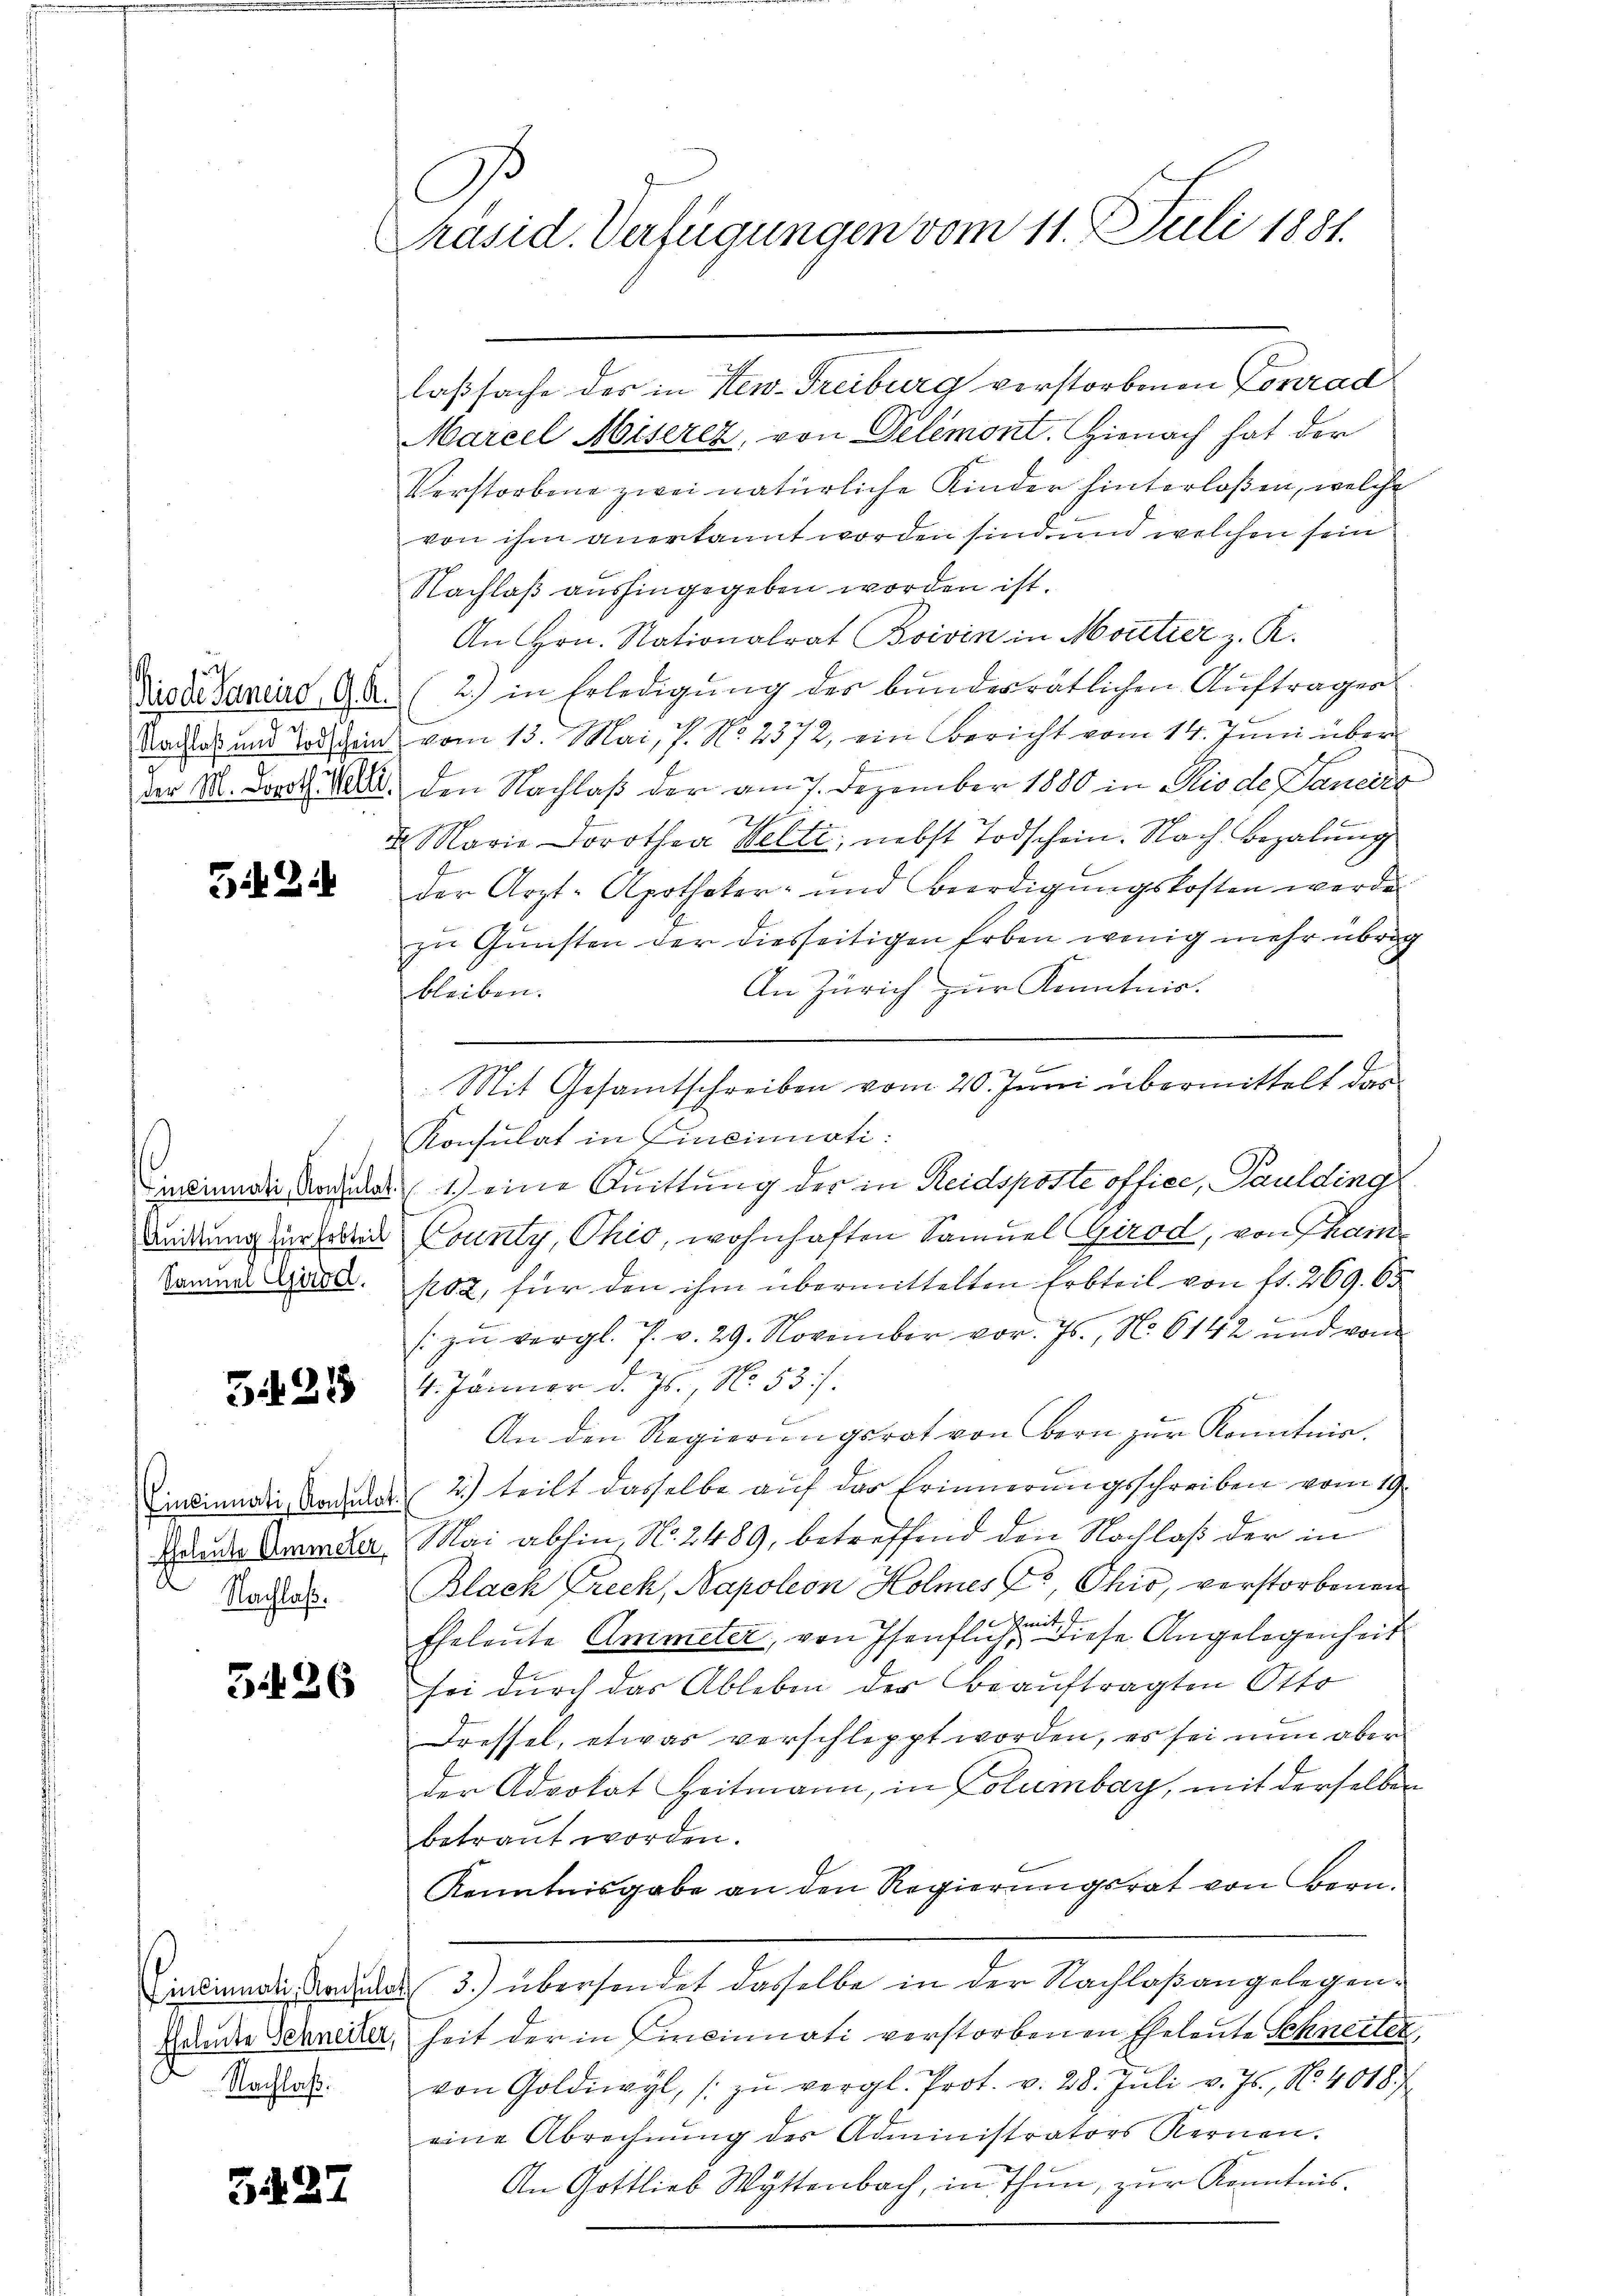
u
g

521

Samner Girod.

5421

Nachlaß.

326

Nachlaß.

5427

C
Präsid. Verfügungen vom 11. Juli 1881.

laßsache des in New-Freiburg verstorbenen Conrad
Marcel Abiserez, von Delémont. Hienach hat der
Verstorbene zwei natürliche Kinder hinterlosen, welche
von ihm anerkannt worden sind, und welchen sein
Nachlaß aushingegeben worden ist.
An Hrn. Nationalrat Boivin in Moutier z. R.
Tisae Saneiro, 9. A. (2.) in Erledigŭng des bundesratlichen Aŭftrages
Dactes und dein vom 13. Mai, P. N. 2572, ein Bericht vom 14. Juni über
der II. Donat 18. den Nachlaß der am 7. Dezember 1880 in Piode Janeiro
1
2 Marie Dorothea Welti, nebst Todschein. Nach Bezalung
I
der Arzt-Apotheker- und Beerdigungskosten werde
zu Gunsten der diesseitigen Erben wenig mehr übrig
An Zürich zur Kenntnis.
bleiben.
.
Mit Gesamtschreiben vom 20. Juni übermittelt das
Konsulat in Einsinuati:
Candinarii ad 1.) eine Quittung der in Reidsposte office, Paulding
andung zur sollen County, Ohio, wohnhaften Samuel Girod, von Thai
102, für den ihm übermittelten Erbteil von fr. 269. 65
zŭ vergl. P. v. 29. November vor. Js., No. 6142 und vom
4. Januar d. Js. No. 537.
An den Regierungsrat von Bern zur Kenntnis.
Cincinnali Sammler 2.) teilt dasselbe auf das Erinnerungsschreiben vom 19
Hunder Ammeln, Mai abhin, No. 2489, betreffend den Nachlaß der in
Black Frech, Napoleon Holmes Er, Ohio, verstorbenen
kmit,
Eheleute Ammeter, von Isenflich, diese Angelegenheit
sei durch das Ableben der Beauftragten Otto
dressel, etwas verschleppt worden, es sei nun aber
der Advokat Heitmann, in Columbar, mit derselben
betraut worden.
Kenntnisgabe an den Regierungsrat von Bern.
Cincinali, Radio 3.) übersendet dasselbe in der Nachlaßangelegen¬
Hander Schneider, heit der in Einsinuati verstorbenen Eheleute Schneiter,
2
von Goldiwyl, zŭ vergl. Prot. v. 28. Juli v. Js., No. 4018.)
eine Abrechnung der Administrators Kernen.
An Gottlieb Wyttenbach, in Thun, zŭr Kenntnis.